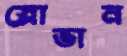
স্লোভান